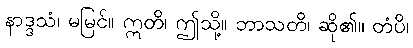
နာဒ္ဒသံ၊ မမြင်။ ဣတိ၊ ဤသို့။ ဘာသတိ၊ ဆို၏။ တံပိ၊